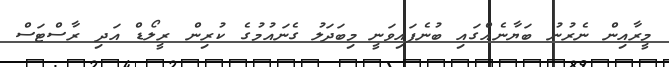
މީރާއިން ނެރުނު ބަޔާނެއްގައި ބުނެފައިވަނީ މިބަދަލު ގެނައުމުގެ ކުރިން ރީލޯޑް އަދި ރާސްޓަސް